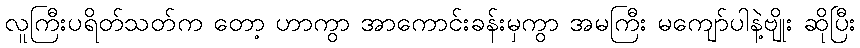
လူကြီးပရိတ်သတ်က တော့ ဟာကွာ အာကောင်းခန်းမှကွာ အမကြီး မကျော်ပါနဲ့ဗျိုး ဆိုပြီး